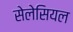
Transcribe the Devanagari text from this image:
सेलेसियल